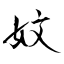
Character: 妏